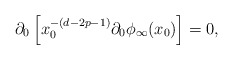
\begin{align*}\partial_0\left[ x_0^{-(d-2p-1)}\partial_0 \phi_\infty (x_0) \right] = 0,\end{align*}